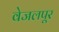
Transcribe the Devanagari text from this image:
वेजलपूर